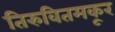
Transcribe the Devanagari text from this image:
तिरुवितमकूर